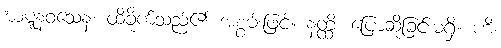
ဃဋ္ဋနဝသေန၊ ထိခိုက်သည်၏ အစွမ်းဖြင့်။ နတ္ထိ၊ ပြောဆိုခြင်းမရှိ။ ဟိ၊